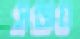
সন্জয়